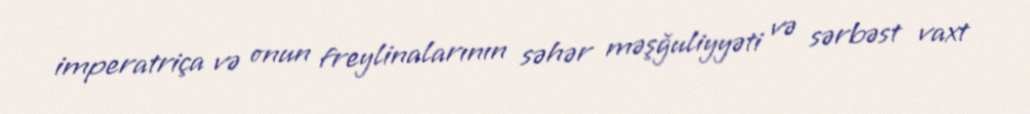
imperatriça və onun freylinalarının səhər məşğuliyyəti və sərbəst vaxt